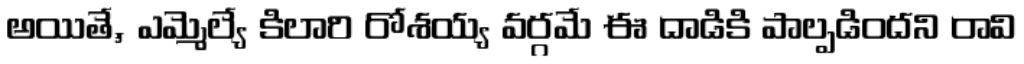
అయితే, ఎమ్మెల్యే కిలారి రోశయ్య వర్గమే ఈ దాడికి పాల్పడిందని రావి